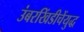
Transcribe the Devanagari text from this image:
उंबरखिंडीचेंयुद्ध